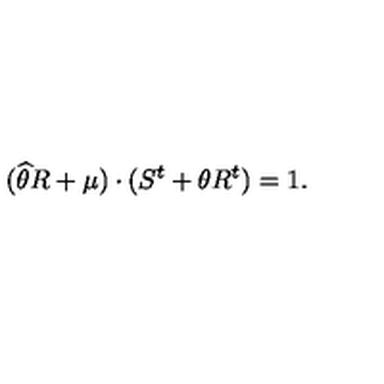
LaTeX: ( \widehat { \theta } R + \mu ) \cdot ( S ^ { t } + \theta R ^ { t } ) = 1 .